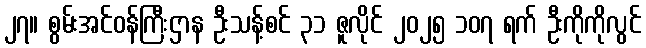
၂၇။ စွမ်းအင်ဝန်ကြီးဌာန ဦးသန့်စင် ၃၁ ဇူလိုင် ၂၀၂၅ ၁၀၇ ရက် ဦးကိုကိုလွင်